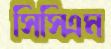
সিসিএম